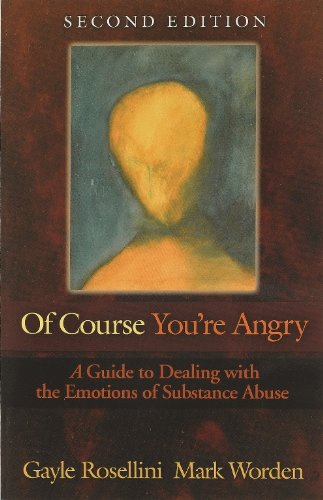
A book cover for Of Course You're Angry: A Guide to Dealing with the Emotions of Substance Abuse; Gayle Rosellini; Self-Help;